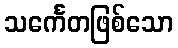
သင်္ကေတဖြစ်သော